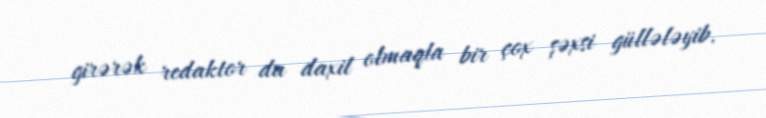
girərək redaktor da daxil olmaqla bir çox şəxsi güllələyib.